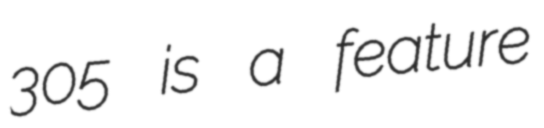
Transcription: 305 is a feature